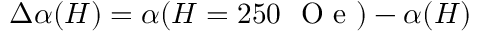
\Delta \alpha ( H ) = \alpha ( H = 2 5 0 ~ \mathrm { ~ O ~ e ~ } ) - \alpha ( H )